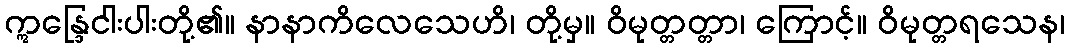
ဣန္ဒြေငါးပါးတို့၏။ နာနာကိလေသေဟိ၊ တို့မှ။ ဝိမုတ္တတ္တာ၊ ကြောင့်။ ဝိမုတ္တရသေန၊